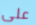
على